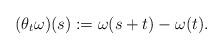
LaTeX: \begin{align*}(\theta_t \omega) (s) := \omega (s+t) - \omega (t).\end{align*}